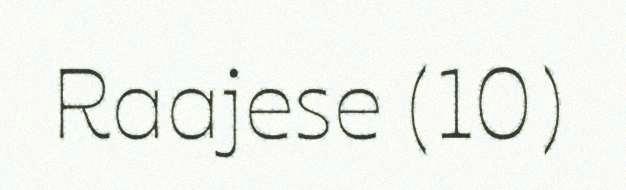
Raajese (10)